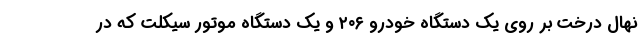
نهال درخت بر روی یک دستگاه خودرو ۲۰۶ و یک دستگاه موتور سیکلت که در